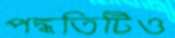
পদ্ধতিটিও